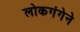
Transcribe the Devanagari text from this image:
लोकगंगेने